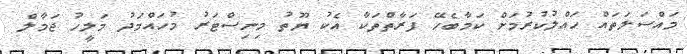
މައްސަލަތައް ހައްލުކުރުމަށް ކަމާބެހޭ ފަރާތްތަކާ އެކު ޔޫތު މިނިސްޓަރު މުހައްމަދު މަލީހު ޖަމާލް